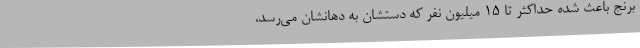
برنج باعث شده حداکثر تا ۱۵ میلیون نفر که دستشان به دهانشان می‌رسد،